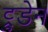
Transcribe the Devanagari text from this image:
ट्रुडेन